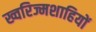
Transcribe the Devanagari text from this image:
ख्वरिज्मशाहियों